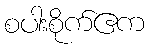
စပါးစိုက်ဧက